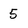
Character: 5